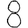
Digit: 8